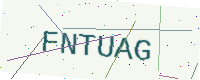
Text: FNTUAG